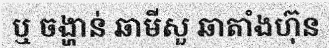
ឬ ចង្ហាន់ ឆាមីសួ ឆាតាំងហ៊ុន